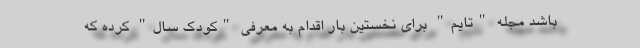
باشد مجله "تایم" برای نخستین بار اقدام به معرفی "کودک سال" کرده که